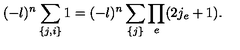
( - \l ) ^ { n } \sum _ { \{ j , i \} } 1 = ( - \l ) ^ { n } \sum _ { \{ j \} } \prod _ { e } ( 2 j _ { e } + 1 ) .